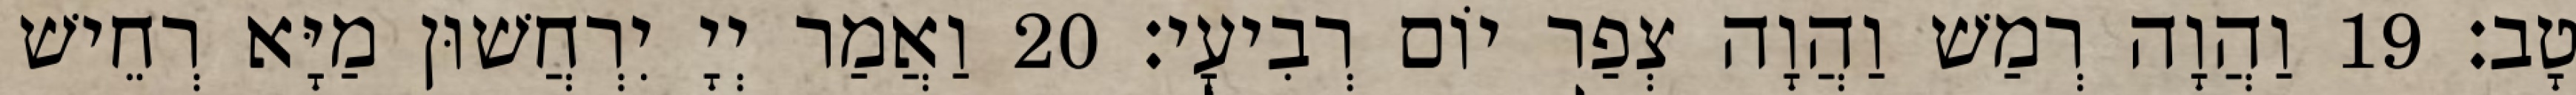
טָב׃ 19 וַהֲוָה רְמַשׁ וַהֲוָה צְפַר יוֹם רְבִיעָי׃ 20 וַאֲמַר יְיָ יִרְחֲשׁוּן מַיָּא רְחֵישׁ